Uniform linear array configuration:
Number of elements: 32
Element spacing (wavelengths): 0.75
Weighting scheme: exponential
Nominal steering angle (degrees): -60
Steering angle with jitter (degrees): -58.229
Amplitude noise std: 0.05
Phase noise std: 0.05

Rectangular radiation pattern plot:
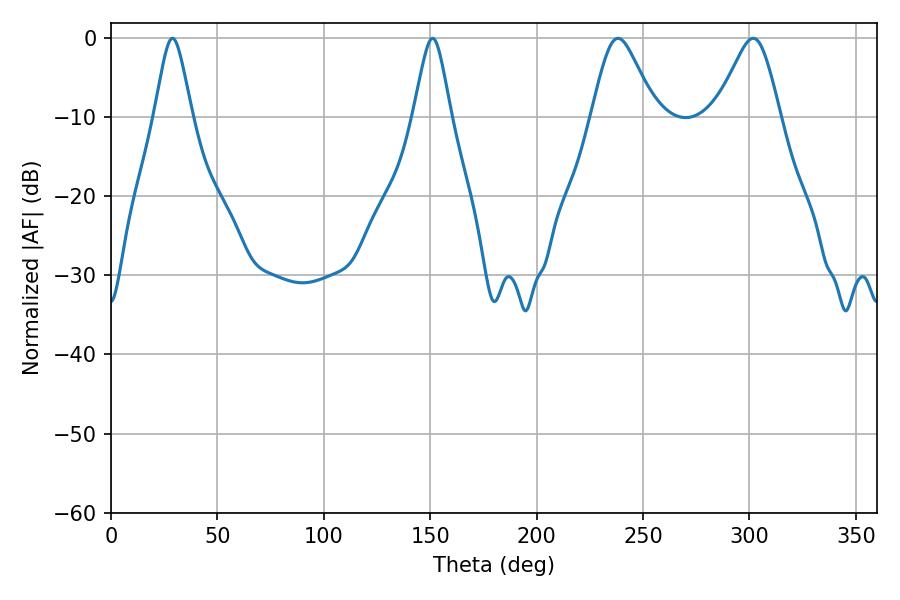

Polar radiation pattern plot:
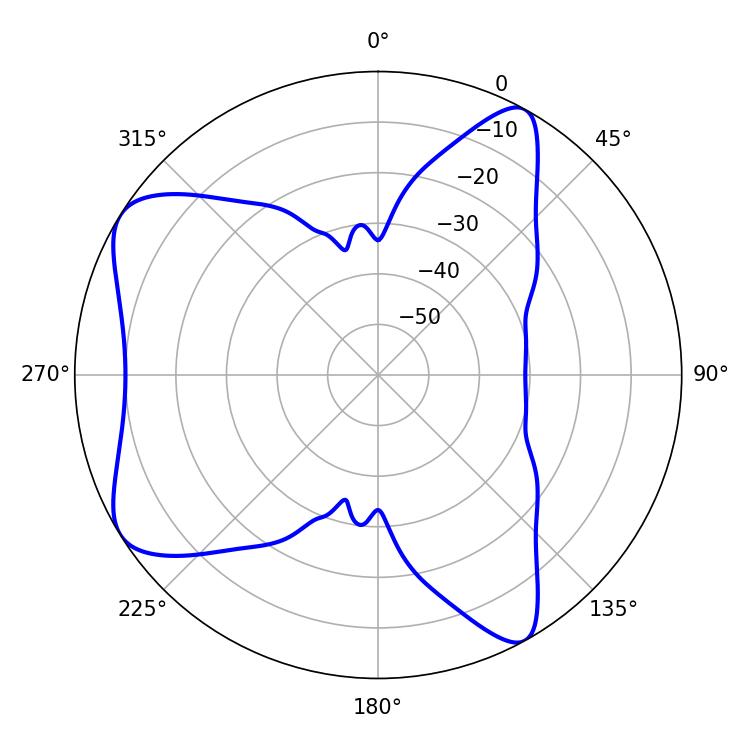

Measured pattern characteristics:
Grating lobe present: TRUE
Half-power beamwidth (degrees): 14.76
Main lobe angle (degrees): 238.32